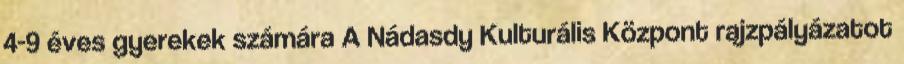
4-9 éves gyerekek számára A Nádasdy Kulturális Központ rajzpályázatot